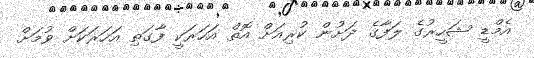
އެމްޑީ ޝަހީރުގެ ލަފާގެ ދަށުން ކުރިއަށް އޮތް އަހަރަކީ ފާގަތި އަހަރަކަށް ވުމަށް